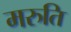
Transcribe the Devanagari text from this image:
मरुति